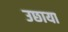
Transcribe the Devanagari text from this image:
उछाया